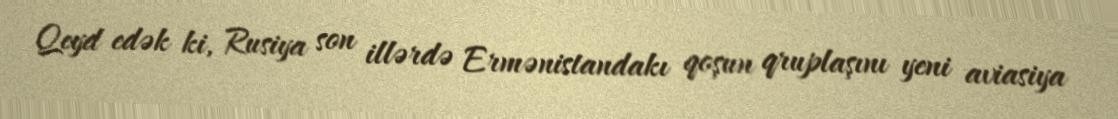
Qeyd edək ki, Rusiya son illərdə Ermənistandakı qoşun qruplaşını yeni aviasiya